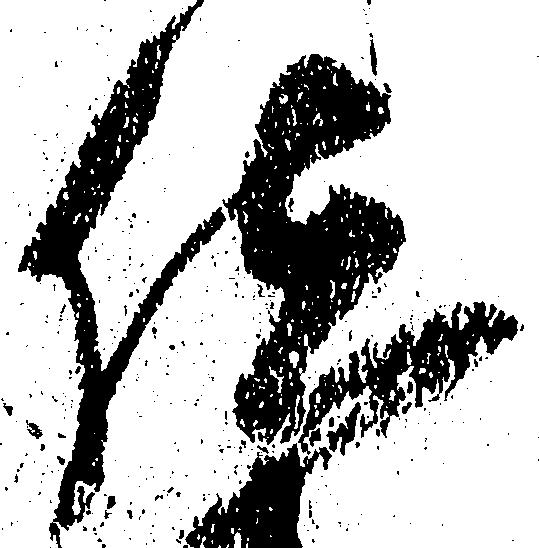
位